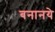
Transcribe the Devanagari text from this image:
बनानये